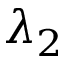
\lambda _ { 2 }